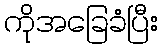
ကိုအခြေခံပြီး